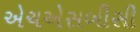
એચએસબીસી